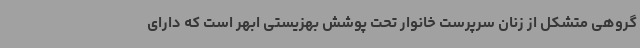
گروهی متشکل از زنان سرپرست خانوار تحت پوشش بهزیستی ابهر است که دارای